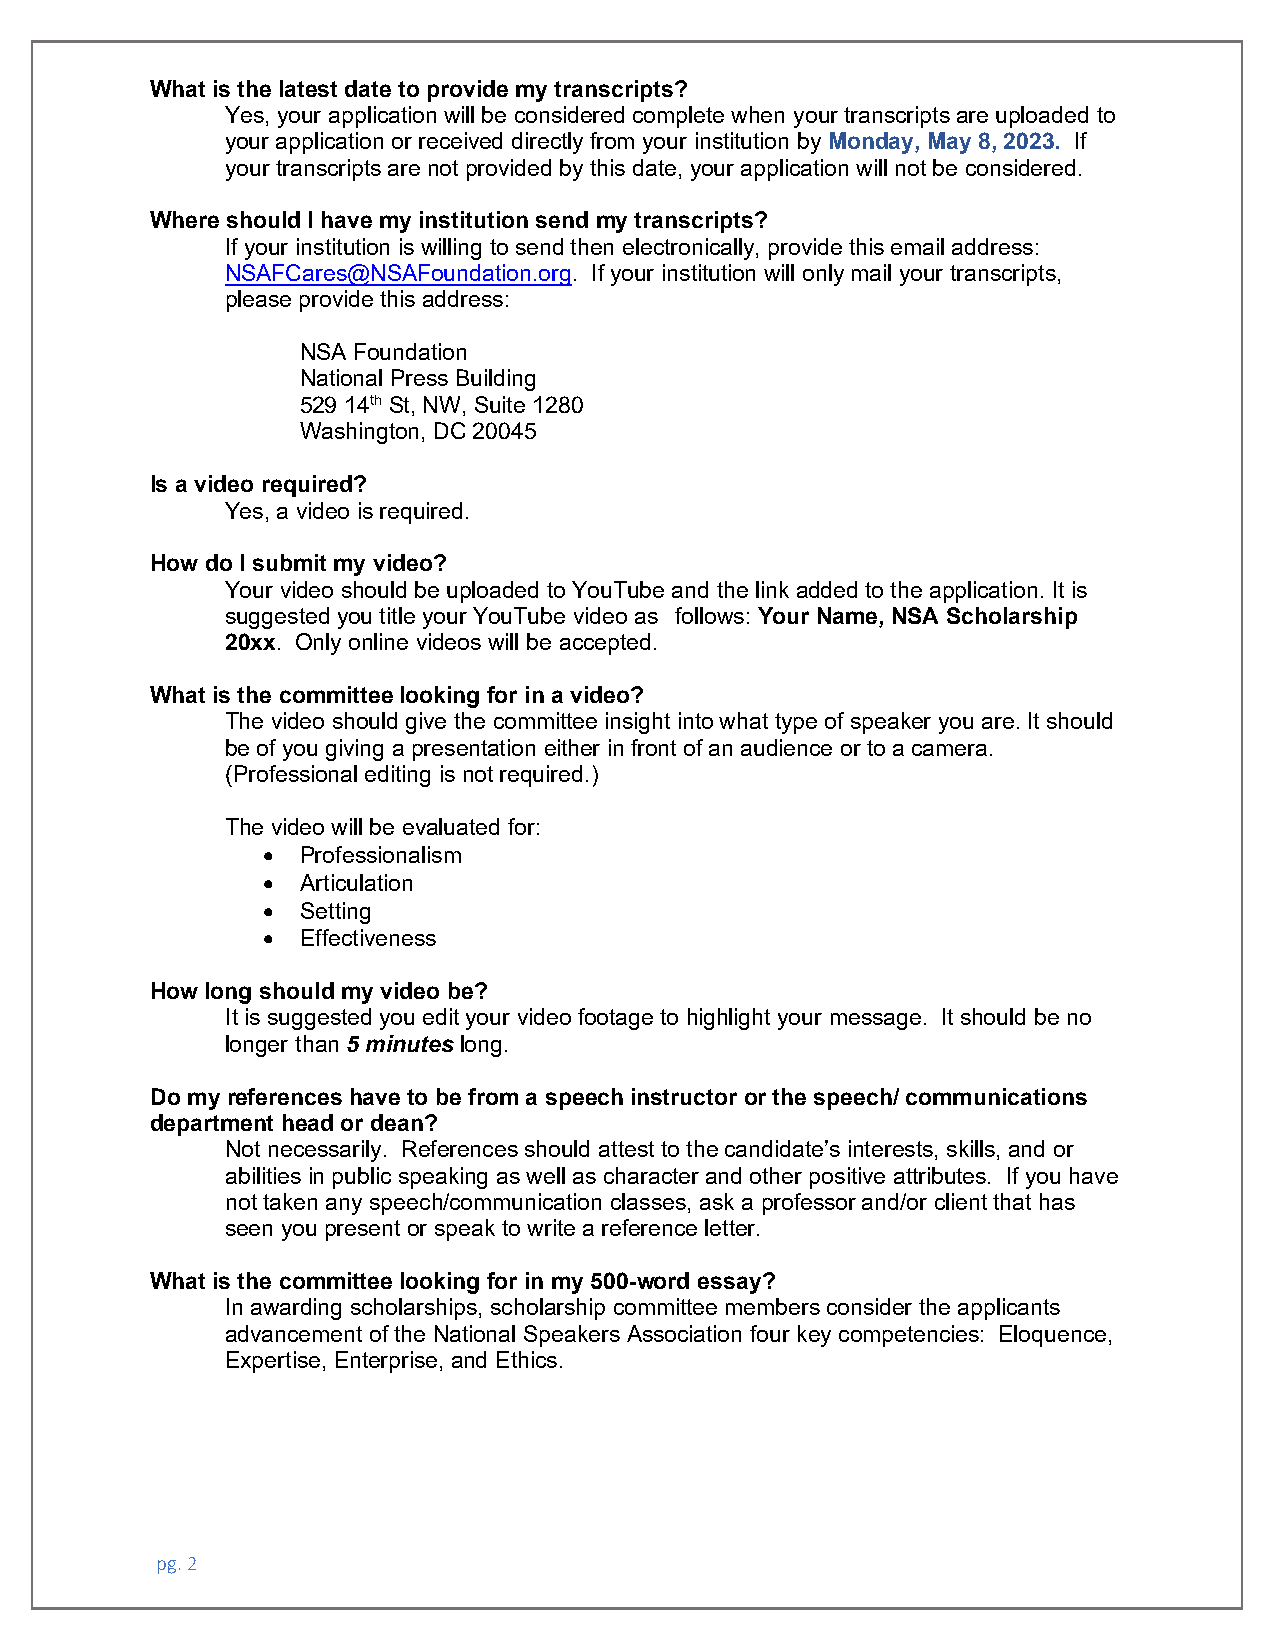
What is the latest date to provide my transcripts?
 Yes, your application will be considered complete when your transcripts are uploaded to
 your application or received directly from your institution by Monday, May 8, 2023. If
 your transcripts are not provided by this date, your application will not be considered.
 Where should I have my institution send my transcripts?
 If your institution is willing to send then electronically, provide this email address:
 NSAFCares@NSAFoundation.org. If your institution will only mail your transcripts,
 please provide this address:
 NSA Foundation
 National Press Building
 529 14th St, NW, Suite 1280
 Washington, DC 20045
 Is a video required?
 Yes, a video is required.
 How do I submit my video?
 Your video should be uploaded to YouTube and the link added to the application. It is
 suggested you title your YouTube video as follows: Your Name, NSA Scholarship
 20xx. Only online videos will be accepted.
 What is the committee looking for in a video?
 The video should give the committee insight into what type of speaker you are. It should
 be of you giving a presentation either in front of an audience or to a camera.
 (Professional editing is not required.)
 The video will be evaluated for:
 •  Professionalism
 •  Articulation
 •  Setting
 •  Effectiveness
 How long should my video be?
 It is suggested you edit your video footage to highlight your message. It should be no
 longer than 5 minutes long.
 Do my references have to be from a speech instructor or the speech/ communications
 department head or dean?
 Not necessarily. References should attest to the candidate’s interests, skills, and or
 abilities in public speaking as well as character and other positive attributes. If you have
 not taken any speech/communication classes, ask a professor and/or client that has
 seen you present or speak to write a reference letter.
 What is the committee looking for in my 500-word essay?
 In awarding scholarships, scholarship committee members consider the applicants
 advancement of the National Speakers Association four key competencies: Eloquence,
 Expertise, Enterprise, and Ethics.
 pg. 2